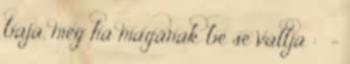
baja, még ha magának be se vallja : -